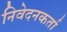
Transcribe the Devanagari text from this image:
निवेदनकर्ता